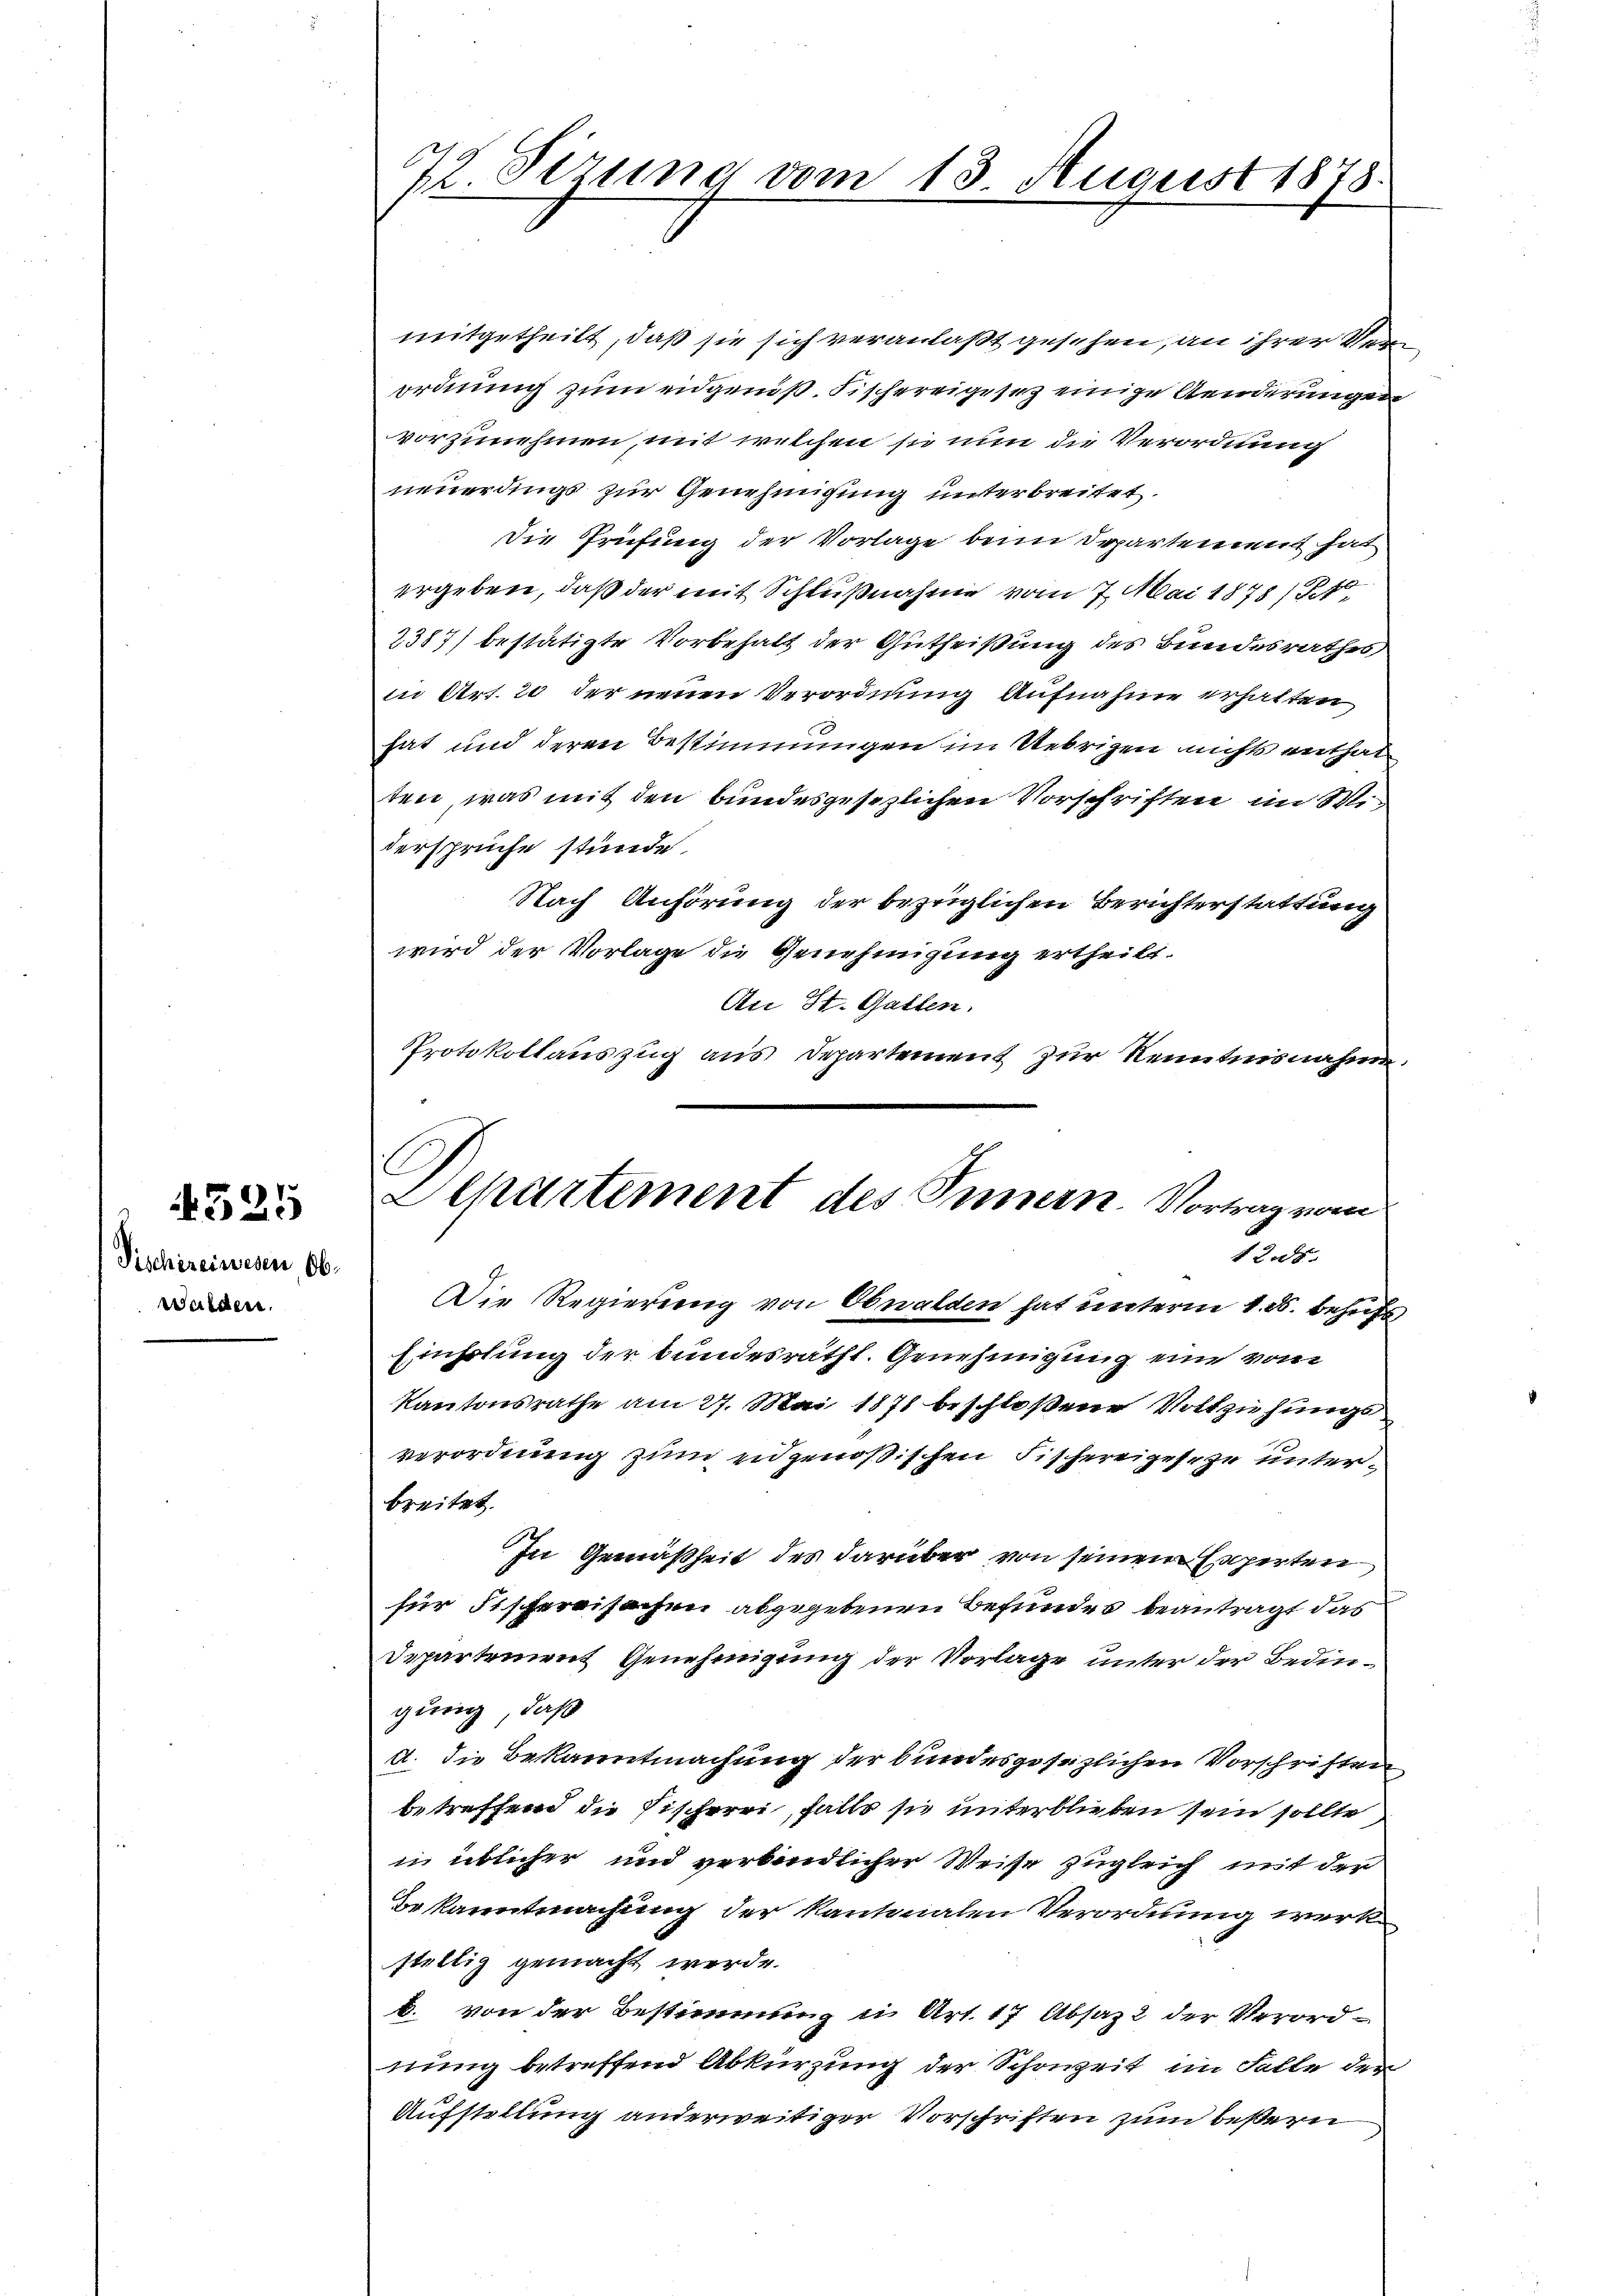
Fischereiwesen, Ob-
walder.

529

72 Sirung vom 13. August 1878

mitgetheilt, daß sie sich veranlaßt gesehen, an ihrer Verordnung zum eidgenöß. Fischereigesez einige Aenderungen
vorzunehmen, mit welchen sie nun die Verordnung
neuerdings zur Genehmigung unterbreitet.
die Prüfung der Vorlage beim Departement hat
ergeben, daß der mit Schlußnahme vom 7. Mai 1878/10
2387) bestätigte Vorbehalt der Gutheißung des Bundesrathes
in Art. 20 der neuen Verordnung Aufnahme erhalten,
hat und deren Bestimmungen im Uebrigen nichts enthalten, was mit den bundesgesezlichen Vorschriften im Midersprüche stünde.
Nach Anhörung der bezüglichen Berichterstattung
wird der Vorlage die Genehmigung ertheilt.
Uri St. Gatten.
Protokollauszug aus Departement zur Kenntnisnahme.
Die Regierung von Obwalden hat unterm 1. ds. behufs
Fühlung der bundesraths. Genehmigung eine von
Kantonsrathe am 27. Mai 1871 beschloßene Vollziehungs
verordnung zum eidgenößischen Fischereigeseze unterbreitet.
In Gemäßheit des darüber von seinem Experten
für Offereisachen abgegebenen Befundes beantragt das
Departement Genehmigung der Vorlage unter der Bedingurig, daß
d. Die Bekanntmachung der bundesgesezlichen Vorschriften
betreffend die Fischerei, falls sie unterblieben sein sollte
in üblicher und verbindlicher Weise zugleich mit der
Bekanntmachung der kantonalen Verordnung werkstillig gemacht werde.
b. von der Bestimmung in Art. 17 Absatz 2 der Verordnung betreffend Abkürzung der Schonzeit im Falle den
Aufstellung anderweitiger Vorschriften zum beßern

E
Alpartement des Innern. Vortrag vom
12t.